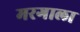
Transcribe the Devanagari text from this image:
मरगाला